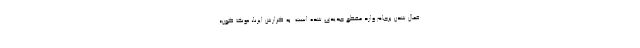
فعال شدن برجام وارد مقطع جدیدی شده است. به گزارش ایرنا، «ونگ گون»